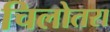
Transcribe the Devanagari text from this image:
चिलोतरा